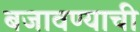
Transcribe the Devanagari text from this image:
बजावण्याची